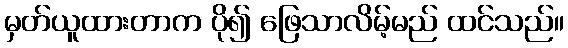
မှတ်ယူထားတာက ပို၍ ဖြေသာလိမ့်မည် ထင်သည်။